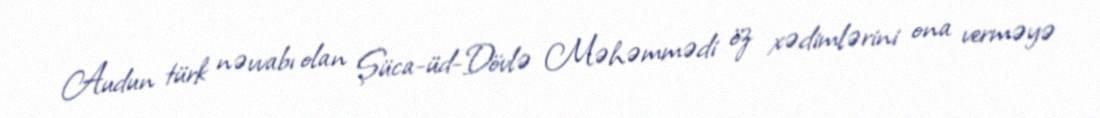
Audun türk nəvvabı olan Şüca-üd-Dövlə Məhəmmədi öz xədimlərini ona verməyə